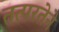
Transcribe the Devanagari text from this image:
तत्‍परतेने